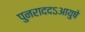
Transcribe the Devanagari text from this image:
पुनराददऽआयुषे